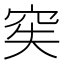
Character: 𥥌